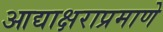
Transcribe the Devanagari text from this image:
आद्याक्षराप्रमाणे